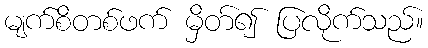
မျက်စိတစ်ဖက် မှိတ်၍ ပြလိုက်သည်။